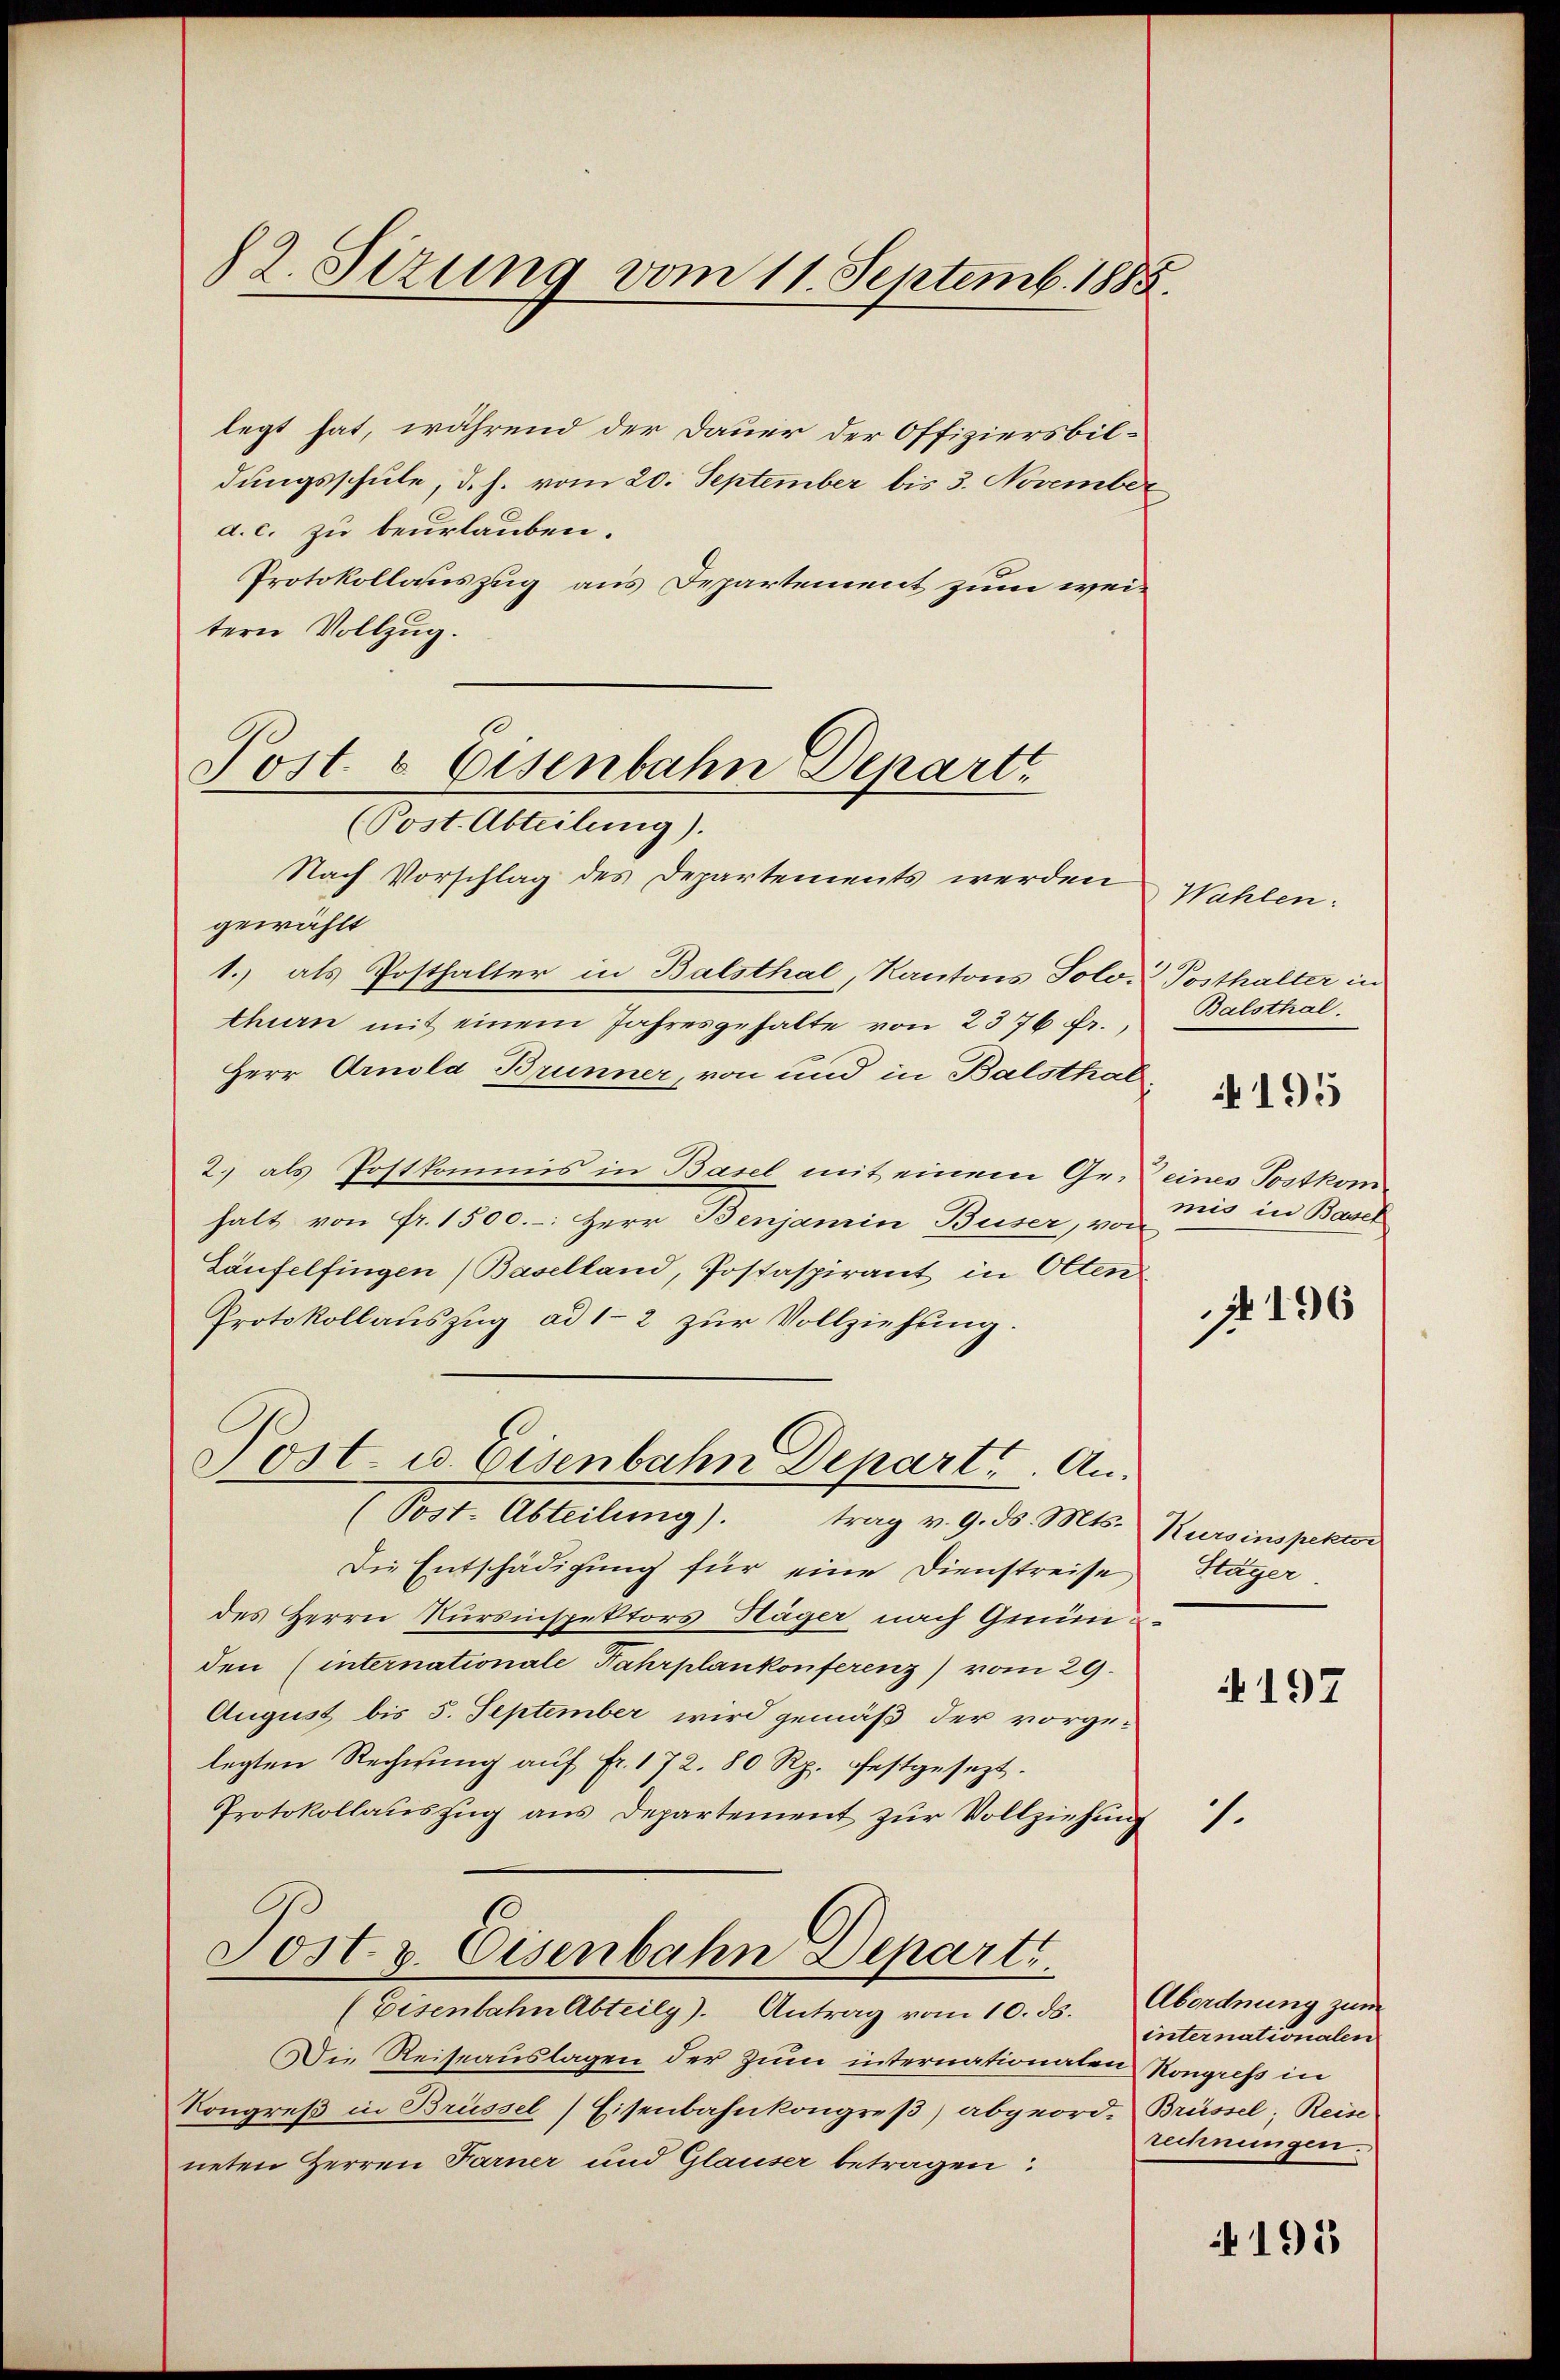
82. Sizung vom 11. Septemb. 1885.

legt hat, während der Dauer der Offiziersbildungsschule, d. h. vom 20. September bis 3. November
a. c. zu beurlauben.
Protokollauszug aus Departement zum weitern Vollzug.

Post & Eisenbahn Depart
(Post. Abteilung).

Nach Vorschlag des Departements werden
gewählt
1. als Posthalter in Balsthal, Kantons Solo. Posthalter in
thurn mit einem Jahresgehalte von 2376 fr.,
Herr Arnold Brunner, von und in Balsthal¬
2.) als Postkommis in Basel mit einem Ge-eines Postkom
halt von Fr. 1500.-: Herr Benjamin Buser, von
Läufelfingen (Baselland, Postaspirant in Olten
Protokollauszug ad 1-2 zur Vollziehung.
Post- u. Eisenbahn Depart. An¬
(Post. Abteilung). trag v. 9. ds. Mts. Kursinspektor
Die Entschädigung für eine Dienstreise
des Herrn Kursinspektors Häger nach Gründen (internationale Fahrplankonferenz) vom 29.
August bis 5. September wird gemäß der vorgelegten Rechnŭng aŭf Fr. 172. 80 Rp. festgesezt.
Protokollauszug aus Departement zur Vollziehung

Post v. Eisenbahn Departe.
(Eisenbahn Abteilg). Antrag vom 10. ds. Abordnung zum

Die Reiseauslagen der Zum internationaten Kongress in
Kongreß in Brüssel Eisenbahnkongreß) abgeord- Brüssel, Reise
neten Herren Farner und Glauser betragen:

Wahlen.
Balsthal.
 195
mis in Basel

A196

Stäger

197

1.

internationalen
rechnungen.

195